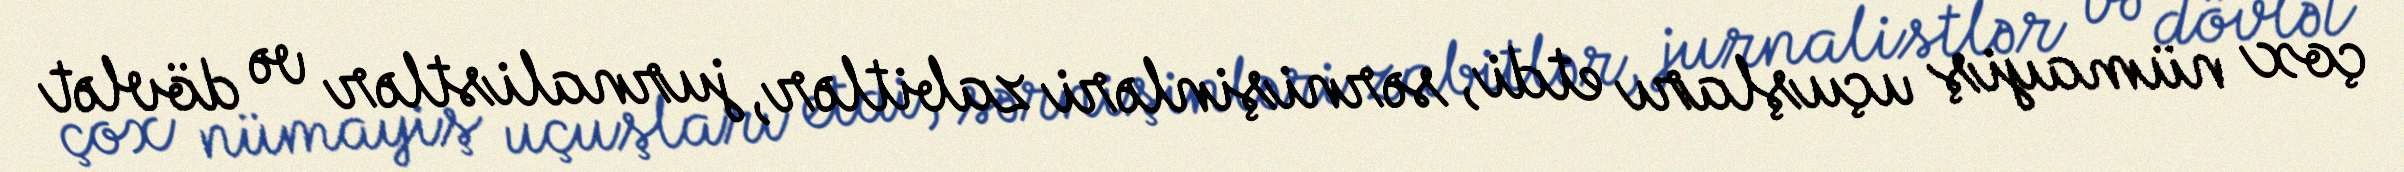
çox nümayiş uçuşları etdi, sərnişinləri zabitlər, jurnalistlər və dövlət